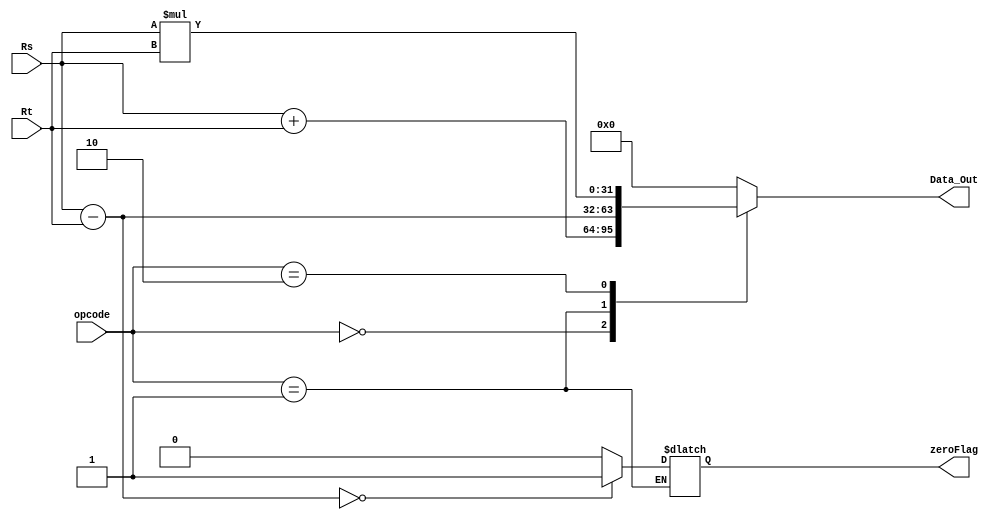
`timescale 1ns / 1ps
//////////////////////////////////////////////////////////////////////////////////
// Company: 
// Engineer: 
// 
// Design Name: 
// Module Name:    ALU 
// Project Name: 
// Target Devices: 
// Tool versions: 
// Description: 
//
// Dependencies: 
//
// Revision: 
// Revision 0.01 - File Created
// Additional Comments: 
//
//////////////////////////////////////////////////////////////////////////////////
module ALU(
output reg [31:0] Data_Out,
output reg zeroFlag,
input [31:0] Rs,
input [31:0] Rt,
input [3:0] opcode
);
always@(Rs, Rt, opcode) begin
case(opcode)
4'b0000: Data_Out = Rs+Rt;
4'b0001: begin 
Data_Out = Rs-Rt;
if (Data_Out == 0) begin
 zeroFlag <= 1'b1;
end
else begin zeroFlag<=0; end
end
4'b0010: Data_Out = Rs*Rt;
default: Data_Out = 32'd0;
endcase
end
endmodule